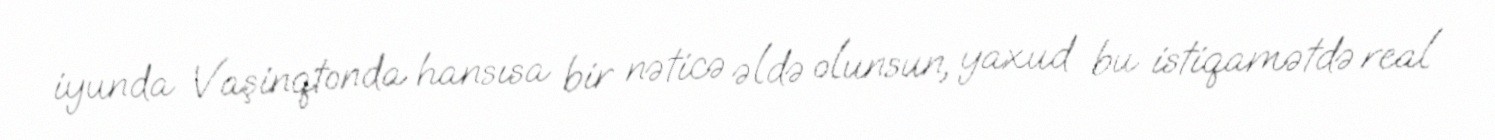
iyunda Vaşinqtonda hansısa bir nəticə əldə olunsun, yaxud bu istiqamətdə real